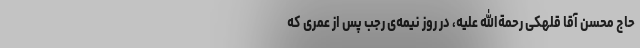
حاج محسن آقا قلهکی رحمةالله علیه، در روز نیمه‌ی رجب پس از عمری که